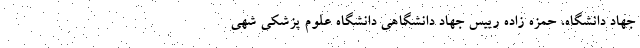
جهاد دانشگاه، حمزه زاده رییس جهاد دانشگاهی دانشگاه علوم پزشکی شهی